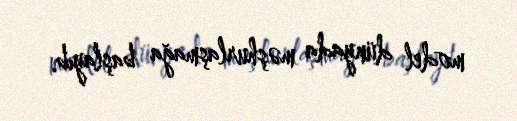
model dünyada məşhurlaşmağa başlayıb.